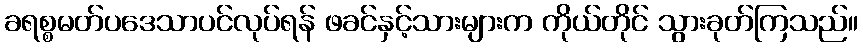
ခရစ္စမတ်ပဒေသာပင်လုပ်ရန် ဖခင်နှင့်သားများက ကိုယ်တိုင် သွားခုတ်ကြသည်။